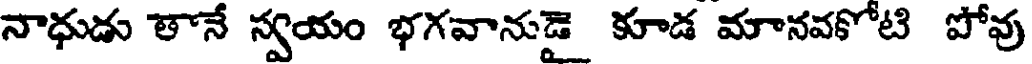
నాధుడు తానే స్వయం భగవానుడై కూడ మానవకోటి పోవు